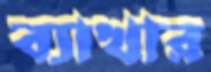
ব্যাখার